Vaccination in Bombay 1856-1862 - 1856-1862
Year: 1856
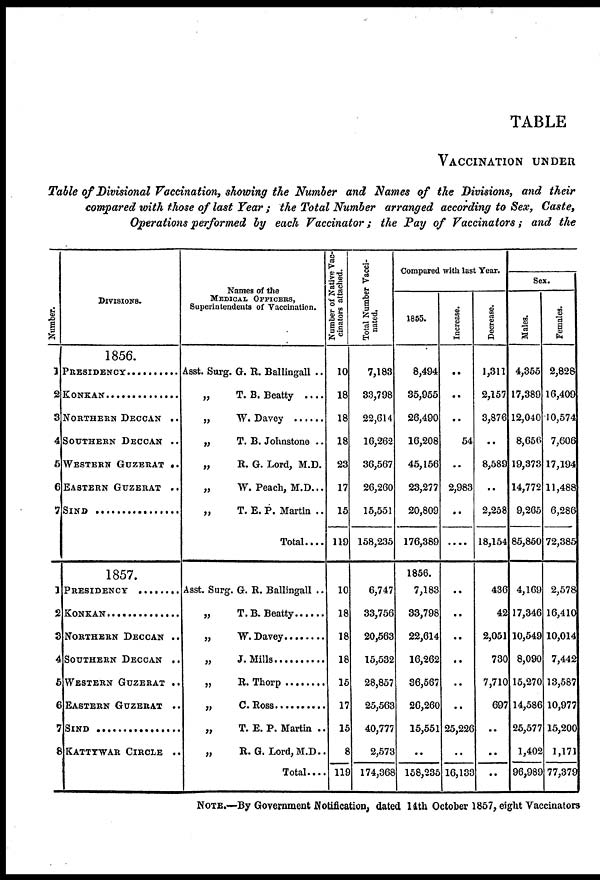
TABLE
VACCINATION UNDER
Table of Divisional Vaccination, showing the Number and Names of the Divisions, and their
compared with those of last Year ; the Total Number arranged according to Sex, Caste,
Operations performed by each Vaccinator ; the Pay of Vaccinators ; and the
Number.
1
2
3
4
5
6
7
1
2
3
4
5
6
7
8
DIVISIONS.
1856.
PRESIDENCY . . . . ..
KONKAN . . . . . .
NORTHERN DECCAN ..
SOUTHERN DECCAN ..
WESTERN GUZERAT ..
EASTERN GUZERAT ..
SIND . . . . . .
1857.
PRESIDENCY . . . . . .
KONKAN . . . . . . .
NORTHERN DECCAN ..
SOUTHERN DECCAN ..
WESTERN GUZERAT ..
EASTERN GUZERAT ..
SIND . . . . .
KATTYWAR CIRCLE . .
Names of the
MEDICAL OFFICERS,
Superintendents of Vaccination.
Asst. Surg. G. R. Ballingall . .
„
T. B. Beatty . . . .
„ W. Davey . . . . .
„
T. B. Johnstone . .
„
R. G. Lord, M.D.
„
W. Peach, M.D . . .
„
T. E. P. Martin . .
Total . . . .
Asst. Surg. G. R. Ballingall ..
„ T.B Beatty . . . . . . .
„ W. Davey . . . . . .
„ J. Mills . . . . . .
„ R. Thorp . . . . .
„ C. Ross . . . . . .
„
T. E. P. Martin ..
„
R. G. Lord, M.D..
Total . . . .
Number of Native Vac-
cinators attached.
10
18
18
18
23
17
15
119
10
18
18
18
15
17
15
8
119
Total Number Vacci-
nated.
7,183
33,798
22,614
16,262
36,567
26,260
15,551
158,235
6,747
33,756
20,563
15,532
28,857
25,563
40,777
2,573
174,368
Compared with last Year.
1855.
8,494
35,955
26,490
16,208
45,156
23,277
20,809
176,389
1856.
7,183
33,798
22,614
16,262
36,567
26,260
15,551
..
158,235
Increase.
..
..
..
54
..
2,983
..
....
..
..
..
..
..
..
25,226
..
16,133
Decrease.
1,311
2,157
3,876
..
8,589
..
2,258
18,154
436
42
2,051
730
7,710
697
..
..
..
Sex.
Males.
4,355
17,389
12,040
8,656
19,373
14,772
9,265
85,850
4,169
17,346
10,549
8,090
15,270
14,586
25,577
1,402
96,989
Females.
2,828
16,409
10,574
7,606
17,194
11,488
6,286
72,385
2,578
16,410
10,014
7,442
13,587
10,977
15,200
1,171
77,379
NOTE.—By Government Notification, dated 14th October 1857, eight Vaccinators